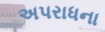
અપરાધના